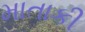
માતાકી